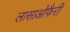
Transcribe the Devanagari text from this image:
लासाओफैरी